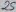
Text: 25